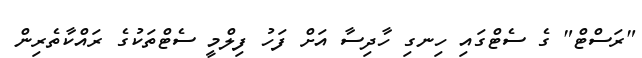
"ރަސްޓް" ގެ ސެޓްގައި ހިނގި ހާދިސާ އަށް ފަހު ފިލްމީ ސެޓްތަކުގެ ރައްކާތެރިން